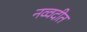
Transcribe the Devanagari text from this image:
नव्वदीत